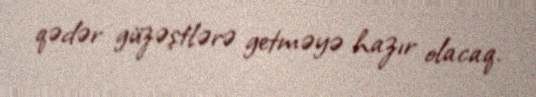
qədər güzəştlərə getməyə hazır olacaq.